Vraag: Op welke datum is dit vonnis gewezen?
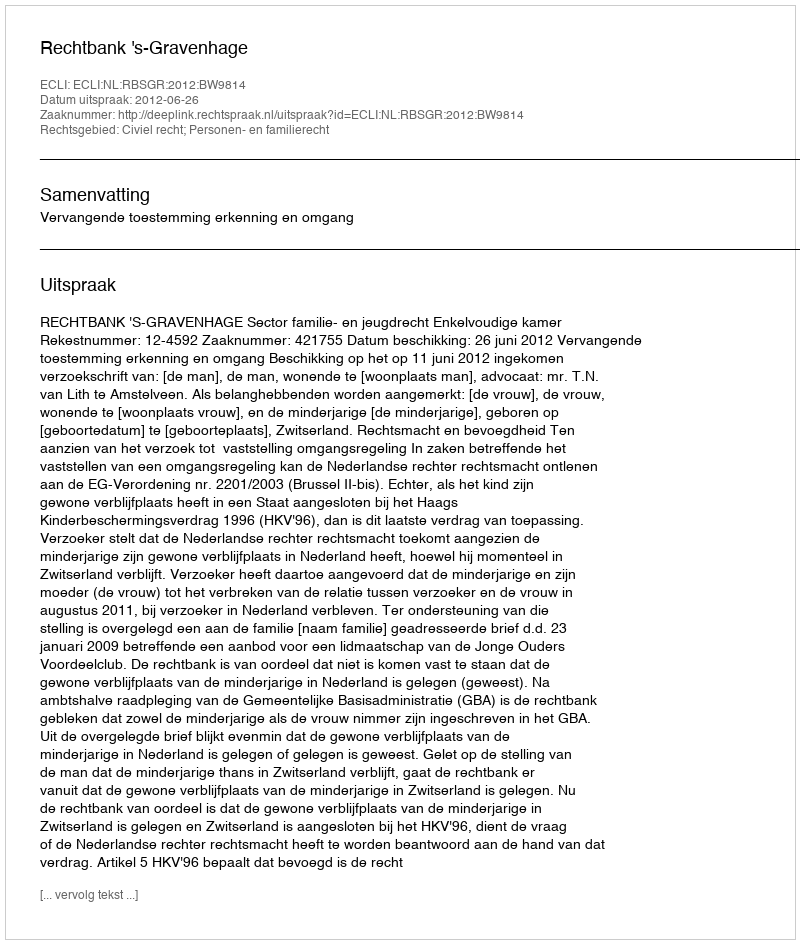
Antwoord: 2012-06-26